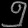
Digit: ၅